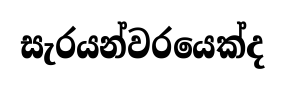
සැරයන්වරයෙක්ද